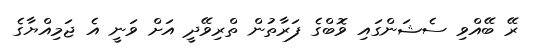
ރޭ ބޭއްވި ސެޝަންގައި ވޮބްގެ ފަރާތުން ތްރިވޭދީ އަށް ވަނީ އެ ޖަމިއްޔާގެ